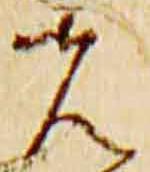
先